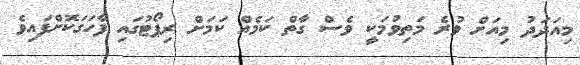
މިއަދަދު މިއަށް ވުރެ މަތިވުމަކީ ވެސް ގާތް ކަމެއް ކަމަށް ރިޕޯޓުގައި ފާހަގަކޮށްފައިވެ